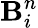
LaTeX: \mathbf{B}_{i}^{n}